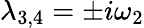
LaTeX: \lambda_{3,4}=\pm i\omega_{2}